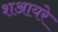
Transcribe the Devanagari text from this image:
शआयरे